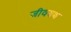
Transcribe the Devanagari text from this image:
जीवयथ